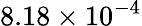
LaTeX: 8.18\times 10^{-4}